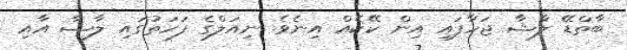
ބާތްޑޭ ލާޝާ ޖަހާފައި އިން ކޭކެއް އިނެވެ. ނިއަލްގެ ފަހަތުގައި ލާޝާ އާއި